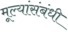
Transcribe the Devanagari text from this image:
मूल्यांसंबंधी